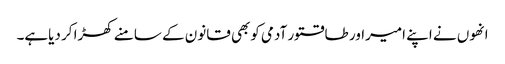
انھوں نے اپنے امیراور طاقتور آدمی کوبھی قانون کے سامنے کھڑا کر دیاہے۔